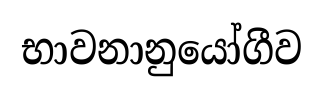
භාවනානුයෝගීව